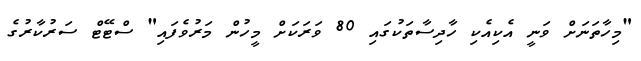
"މިހާތަނަށް ވަނީ އެކިއެކި ހާދިސާތަކުގައި 80 ވަރަކަށް މީހުން މަރުވެފައި" ސްޓޭޓް ސަރުކާރުގެ